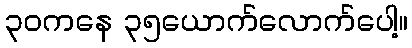
၃၀ကနေ ၃၅ယောက်လောက်ပေါ့။